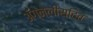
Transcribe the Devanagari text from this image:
ॲग्नेलीसहित